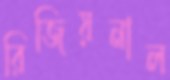
রিজিয়নাল